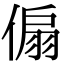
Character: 傓